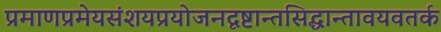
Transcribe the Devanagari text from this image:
प्रमाणप्रमेयसंशयप्रयोजनदृष्टान्तसिद्धान्तावयवतर्क